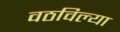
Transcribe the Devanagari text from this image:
वठविल्या